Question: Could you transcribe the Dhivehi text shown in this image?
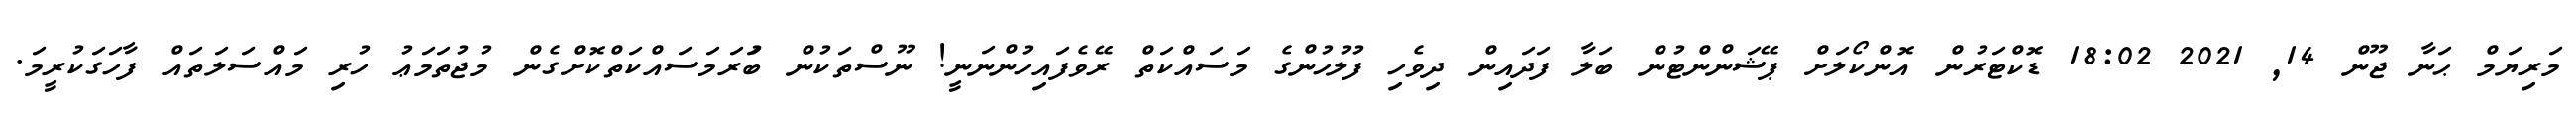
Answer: މަރިޔަމް ޙަނާ ޖޫން 14, 2021 18:02 ޑޮކްޓަރުން އޮންކޯލަށް ޕޭޝަންންޓުން ބަލާ ފަދައިން ދިވެހި ފުލުހުންގެ މަސައްކަތް ރޭވެފައިހުންނަނީ! ނޫސްތަކުން ބުަރަމަސައްކަތްކޮށްގެން މުޖުތަމަޢު ހުރި މައްސަލަތައް ފާހަގަކުރީމަ.